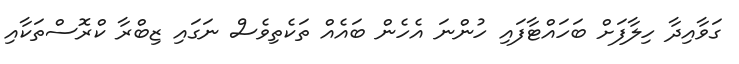
ގަވާއިދާ ހިލާފަށް ބަހައްޓާފައި ހުންނަ އެހެން ބައެއްް ތަކެތިވެސް ނަގައި ޒިބްރާ ކްރޮސްތަކާއި